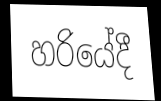
හරියේදී